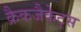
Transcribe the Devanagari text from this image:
क्रैकजैकेट्स